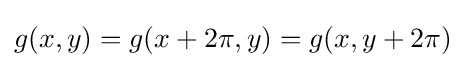
g(x,y)=g(x+2\pi ,y)=g(x,y+2\pi )